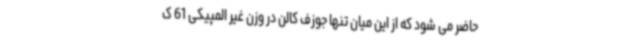
حاضر می شود که از این میان تنها جوزف کالن در وزن غیر المپیکی 61 ک